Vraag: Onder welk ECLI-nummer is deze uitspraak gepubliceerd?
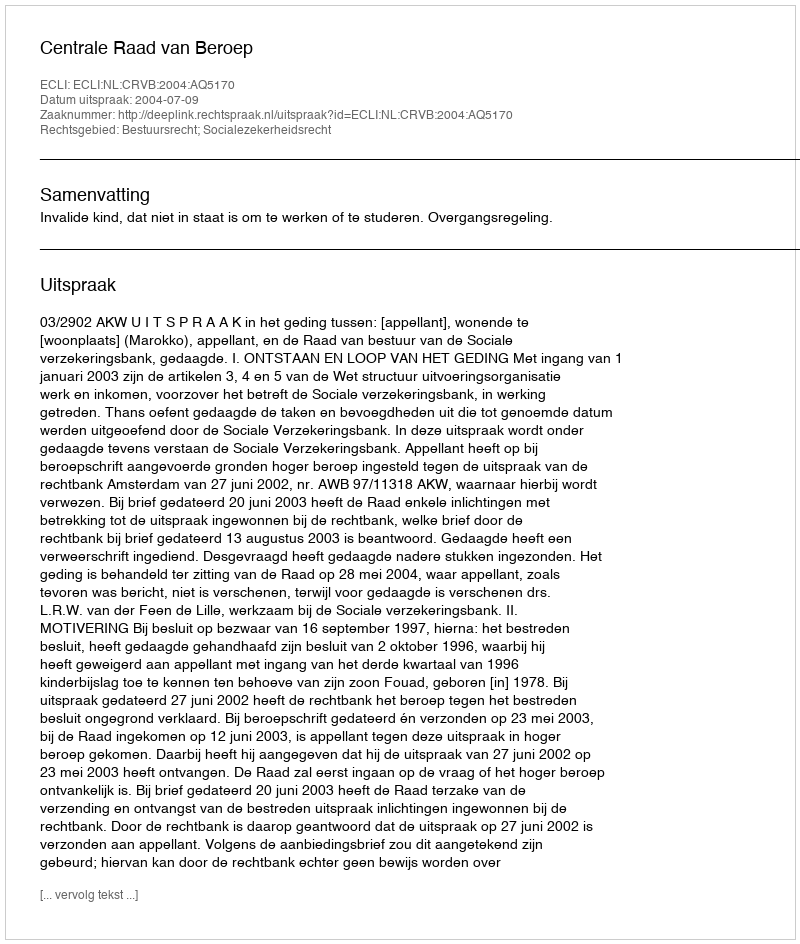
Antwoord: ECLI:NL:CRVB:2004:AQ5170